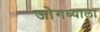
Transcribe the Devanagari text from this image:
जोगव्याला